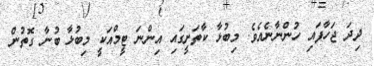
ދިދަ ޖަހާފައި ހުންނާނެއެެވެ. މިބުޅާ ކާތަށީގައި އިންނަ ޓީމްއަކީ މިބުޅާ ބުނާ ގޮތުން